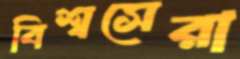
বিশ্বসেরা